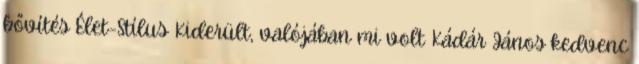
bővítés Élet-Stílus Kiderült, valójában mi volt Kádár János kedvenc